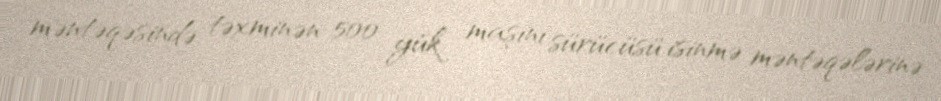
məntəqəsində təxminən 500 yük maşını sürücüsü isinmə məntəqələrinə